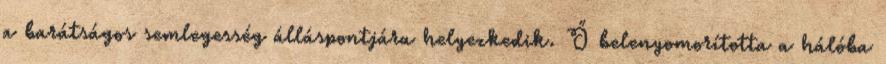
a barátságos semlegesség álláspontjára helyezkedik. Ő belenyomorította a hálóba